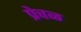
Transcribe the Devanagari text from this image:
प्रेचळ